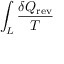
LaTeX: \int _ { L } { \frac { \delta Q _ { \mathrm { r e v } } } { T } }